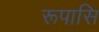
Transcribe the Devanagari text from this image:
रूपासि